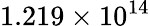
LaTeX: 1.219\times 10^{14}